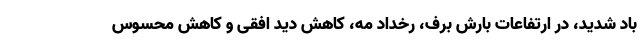
باد شدید، در ارتفاعات بارش برف، رخداد مه، کاهش دید افقی و کاهش محسوس